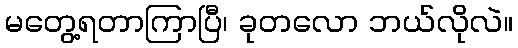
မတွေ့ရတာကြာပြီ၊ ခုတလော ဘယ်လိုလဲ။